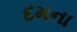
દમના